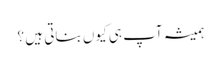
ہمیشہ آپ ہی کیوں بناتی ہیں ؟